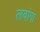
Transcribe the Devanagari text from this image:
लवांगा